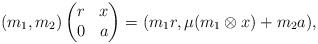
LaTeX: \begin{align*}(m_1,m_2) \begin{pmatrix} r & x \\ 0 & a \end{pmatrix} = (m_1r, \mu (m_1\otimes x)+m_2a),\end{align*}